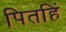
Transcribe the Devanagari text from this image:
पितहिं